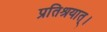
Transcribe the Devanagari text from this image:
प्रतिश्रयात्।